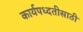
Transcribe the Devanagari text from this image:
कार्यपध्दतीसाठी